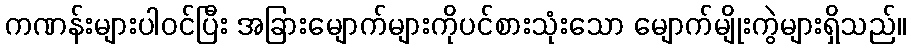
ကဏန်းများပါဝင်ပြီး အခြားမျောက်များကိုပင်စားသုံးသော မျောက်မျိုးကွဲများရှိသည်။